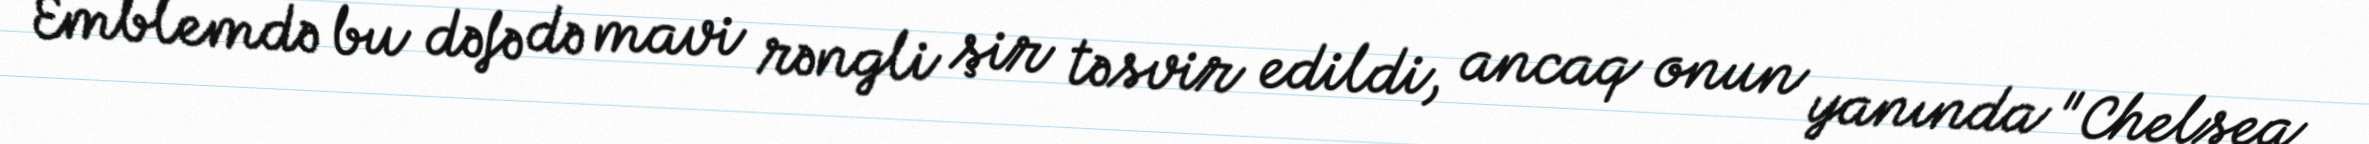
Emblemdə bu dəfə də mavi rəngli şir təsvir edildi, ancaq onun yanında "Chelsea